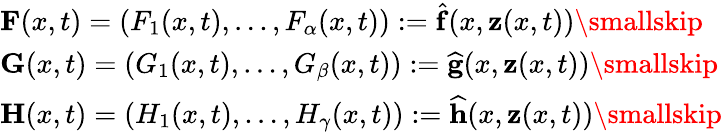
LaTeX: \begin{array}{l}{\mathbf{F}(x,t)=(F_{1}(x,t),\ldots,F_{\alpha}(x,t)):=\mathbf{\widehat{f}}(x,\mathbf{z}(x,t))\smallskip}\\ {\mathbf{G}(x,t)=(G_{1}(x,t),\ldots,G_{\beta}(x,t)):=\mathbf{\widehat{g}}(x,\mathbf{z}(x,t))\smallskip}\\ {\mathbf{H}(x,t)=(H_{1}(x,t),\ldots,H_{\gamma}(x,t)):=\mathbf{\widehat{h}}(x,\mathbf{z}(x,t))\smallskip}\end{array}